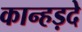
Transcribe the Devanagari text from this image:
कान्हड़दे